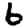
Digit: 6